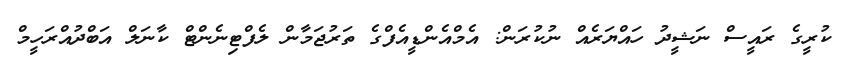
ކުރީގެ ރައީސް ނަޝީދު ހައްޔަރެއް ނުކުރަން: އެމްއެންޑީއެފްގެ ތަރުޖަމާން ލެފްޓިނެންޓް ކާނަލް އަބްދުއްރަހީމް